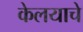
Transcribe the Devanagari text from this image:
केलयाचे